Civil Veterinary Department Bihar & Orissa reports 1929-36 - 1929-1936
Year: 1929
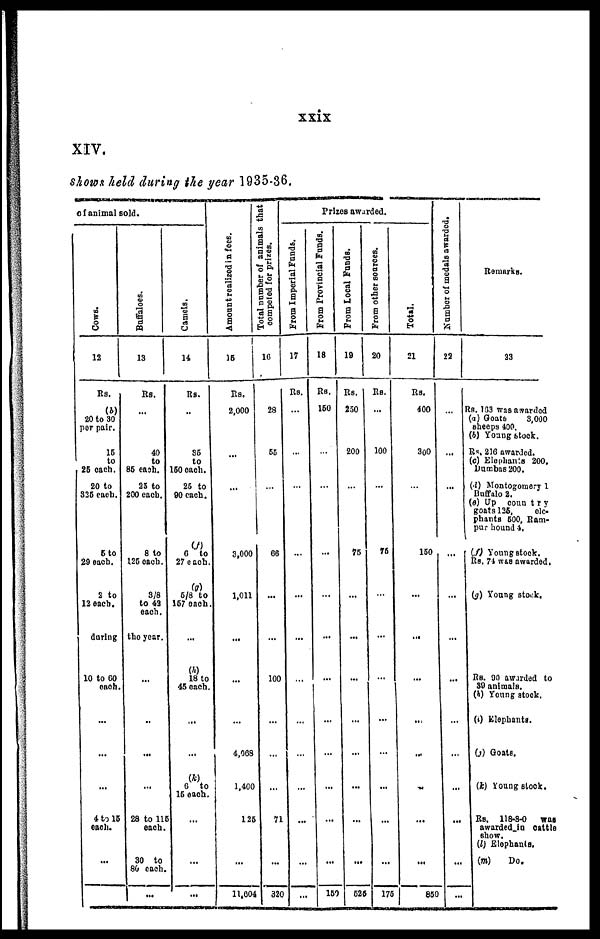
xxix
XIV.
shown held during the year 1935-36.
of animal sold.
Cows.
12
Rs.
(b)
20 to 30
per pair.
15
to
25 each.
20 to
325 each.
5 to
29 each.
2 to
12 each.
during
10 to 60
each.
...
...
...
4 to 15
each.
...
Buffaloes.
13
Rs.
...
40
to
85 each.
25 to
200 each.
8 to
125 each.
3/8
to 42
each.
the year.
..
...
...
28 to 115
each.
30 to
80 each.
...
Camels.
14
Rs.
..
35
to
150 each.
25 to
90 each.
(f)
6 to
27 each.
(g)
5/8 to
157 each.
...
18 to
45 each.
...
...
(k)
6 to
15 each.
...
...
...
Amount realized in fees.
15
Rs.
2,000
..
...
3,000
1,011
...
...
...
4,003
1,400
125
...
11,004
Total number of animals that
competed for prizes.
16
28
55
...
06
...
100
...
...
...
71
...
320
Frizes awarded.
From Imperial Funds.
17
Rs.
...
...
...
...
...
...
...
...
...
...
...
...
...
From Provincial Funds.
18
Rs.
150
...
...
...
...
...
...
...
...
...
...
...
150
From Local Funds.
10
Rs.
250
200
...
75
...
...
...
...
...
...
...
...
626
From other sources.
20
Re.
...
100
...
75
...
...
...
...
...
...
...
...
176
Total.
21
Rs.
400
300
...
150
...
...
...
...
...
...
...
...
850
Number of medals awarded.
22
...
...
...
...
...
...
...
...
...
...
...
...
...
Remarks.
23
Rs. 103 was awarded
(a) Goats
3,000
sheeps 400.
(b) Young stock.
Rs. 210 awarded.
(e) Elephants 200.
Dumbas 200.
(d) Montogomery 1
Buffalo 2.
(e) Up country
goats 125,
ele-
phants 500, Ram-
pur hound 4.
(f) Young stock.
Rs. 74 was awarded.
(g) Young stock.
Rs. 90 awarded to
SO animals.
(h) Young stock.
(i) Elephants.
(j) Goats.
(k) Young stock.
Rs. 118-8-0 was
awarded in cattle
show.
(l) Elephants.
(m)
Do.